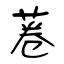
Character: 菤